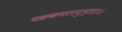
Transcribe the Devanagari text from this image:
चक्रकपटागुप्ताः।।